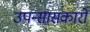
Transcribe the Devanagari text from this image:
उपन्सासकारों